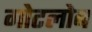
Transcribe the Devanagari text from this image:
गोटलोब